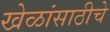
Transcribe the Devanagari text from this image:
खेळांसाठीचे